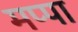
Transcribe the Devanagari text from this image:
मप्पा